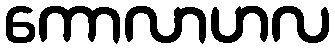
ကောလာဟလ